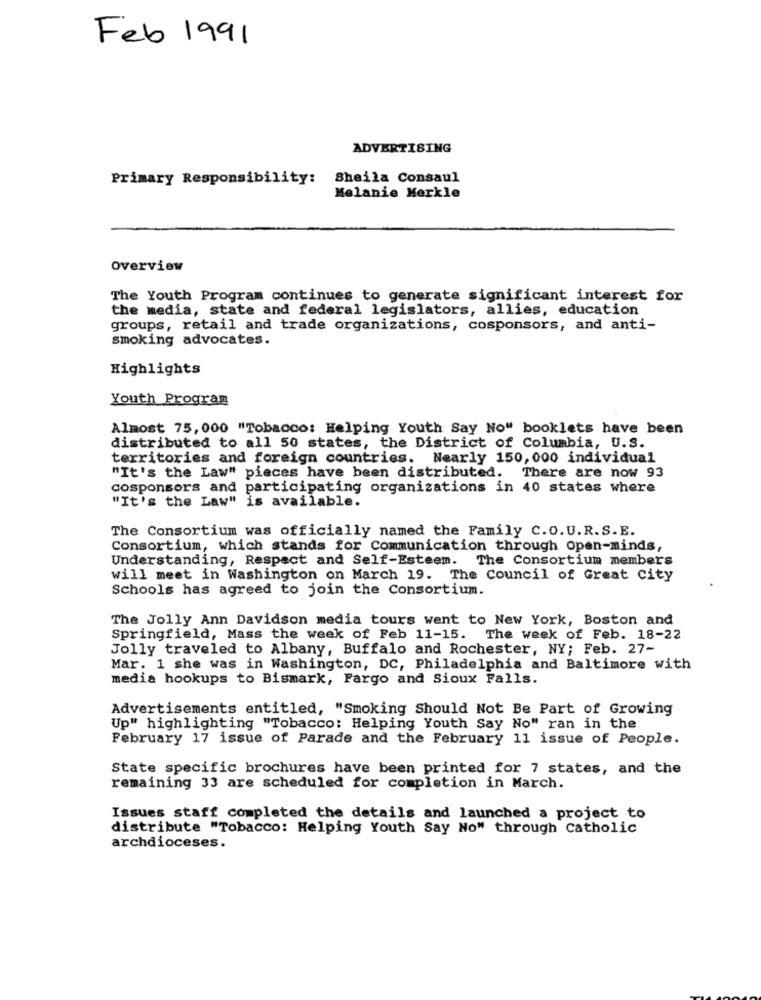
Feb 1991
ADVERTISING
Primary Responsibility:
Sheila Consaul
Melanie Merkle
overview
The Youth Program continues to generate significant interest for
the media, state and federal legislators, allies, education
groups, retail and trade organizations, cosponsors, and anti-
smoking advocates.
Highlights
Youth Program
Almost 75, 000 "Tobacco: Helping Youth Say No" booklets have been
distributed to all 50 states, the District of Columbia, U.S.
territories and foreign countries. Nearly 150, 000 individual
"It's the Law" pieces have been distributed. There are now 93
cosponsors and participating organizations in 40 states where
"It's the Law" is available.
The Consortium was officially named the Family C.O. U.R. S. E.
Consortium, which stands for Communication through open-minds,
Understanding, Respect and Self-Esteem. The Consortium members
will meet in Washington on March 19. The Council of Great city
Schools has agreed to join the Consortium.
The Jolly Ann Davidson media tours went to New York, Boston and
Springfield, Mass the week of Feb 11-15. The week of Feb. 18-22
Jolly traveled to Albany, Buffalo and Rochester, NY; Feb. 27-
Mar. 1 she was in Washington, DC, Philadelphia and Baltimore with
media hookups to Bismark, Fargo and Sioux Falls.
Advertisements entitled, "Smoking Should Not Be Part of Growing
Up" highlighting "Tobacco: Helping Youth Say No" ran in the
February 17 issue of Parade and the February 11 issue of People.
State specific brochures have been printed for 7 states, and the
remaining 33 are scheduled for completion in March.
Issues staff completed the details and launched a project to
distribute "Tobacco: Helping Youth Say No" through Catholic
archdioceses.